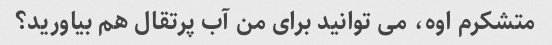
متشکرم اوه، می توانید برای من آب پرتقال هم بیاورید؟